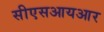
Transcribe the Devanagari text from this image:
सीएसआयआर